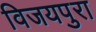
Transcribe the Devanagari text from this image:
विजयपुरा